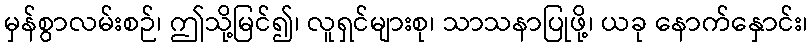
မှန်စွာလမ်းစဉ်၊ ဤသို့မြင်၍၊ လူရှင်များစု၊ သာသနာပြုဖို့၊ ယခု နောက်နှောင်း၊